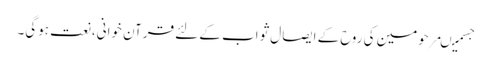
جسمیںمرحومین کی روح کے ایصال ثواب کے لئے قرآن خوانی،نعت ہوگی۔